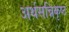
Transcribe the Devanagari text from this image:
अर्थसन्निकृष्ट